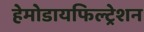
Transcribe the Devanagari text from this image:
हेमोडायफिल्ट्रेशन